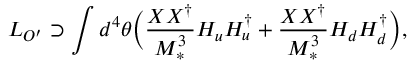
{ \cal L } _ { O ^ { \prime } } \supset \int { d ^ { 4 } \theta } \Big ( \frac { X X ^ { \dagger } } { M _ { * } ^ { 3 } } H _ { u } H _ { u } ^ { \dagger } + \frac { X X ^ { \dagger } } { M _ { * } ^ { 3 } } H _ { d } H _ { d } ^ { \dagger } \Big ) ,